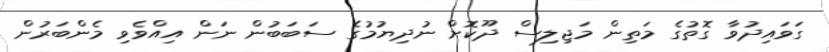
ގަވައިދުވާ ގޮތުގެ މަތިން މަޖިލިސް ދޫކޮށް ނުދިޔުމުގެ ސަބަބުން ނަން އިއްވެވި މެންބަރުން